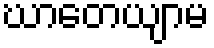
ဃာတေယျာမ